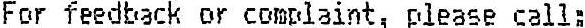
FOR FEEDBACK OR COMPLAINT, PLEASE CALL: